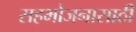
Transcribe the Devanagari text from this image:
सहभोजनासाठी